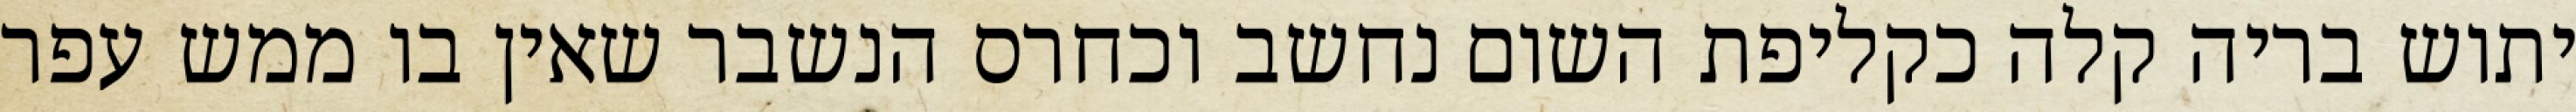
יתוש בריה קלה כקליפת השום נחשב וכחרס הנשבר שאין בו ממש עפר